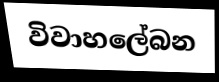
විවාහලේබන